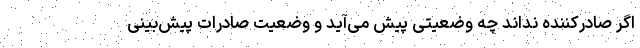
اگر صادرکننده نداند چه وضعیتی پیش می‌آید و وضعیت صادرات پیش‌بینی